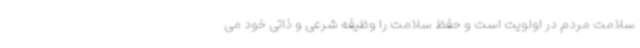
سلامت مردم در اولویت است و حفظ سلامت را وظیفه شرعی و ذاتی خود می‌